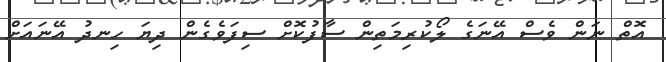
އޮތް ނަން ވެސް އޭނަގެ ލޯކުރިމަތިން ސާފުކޮށް ސިފަވެގެން ދިޔަ ހިނދު އޭނައަށް